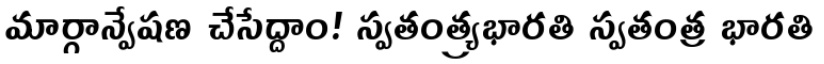
మార్గాన్వేషణ చేసేద్దాం! స్వతంత్య్రభారతి స్వతంత్ర భారతి